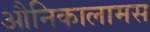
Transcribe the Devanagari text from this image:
औनिकालामस